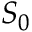
S _ { 0 }